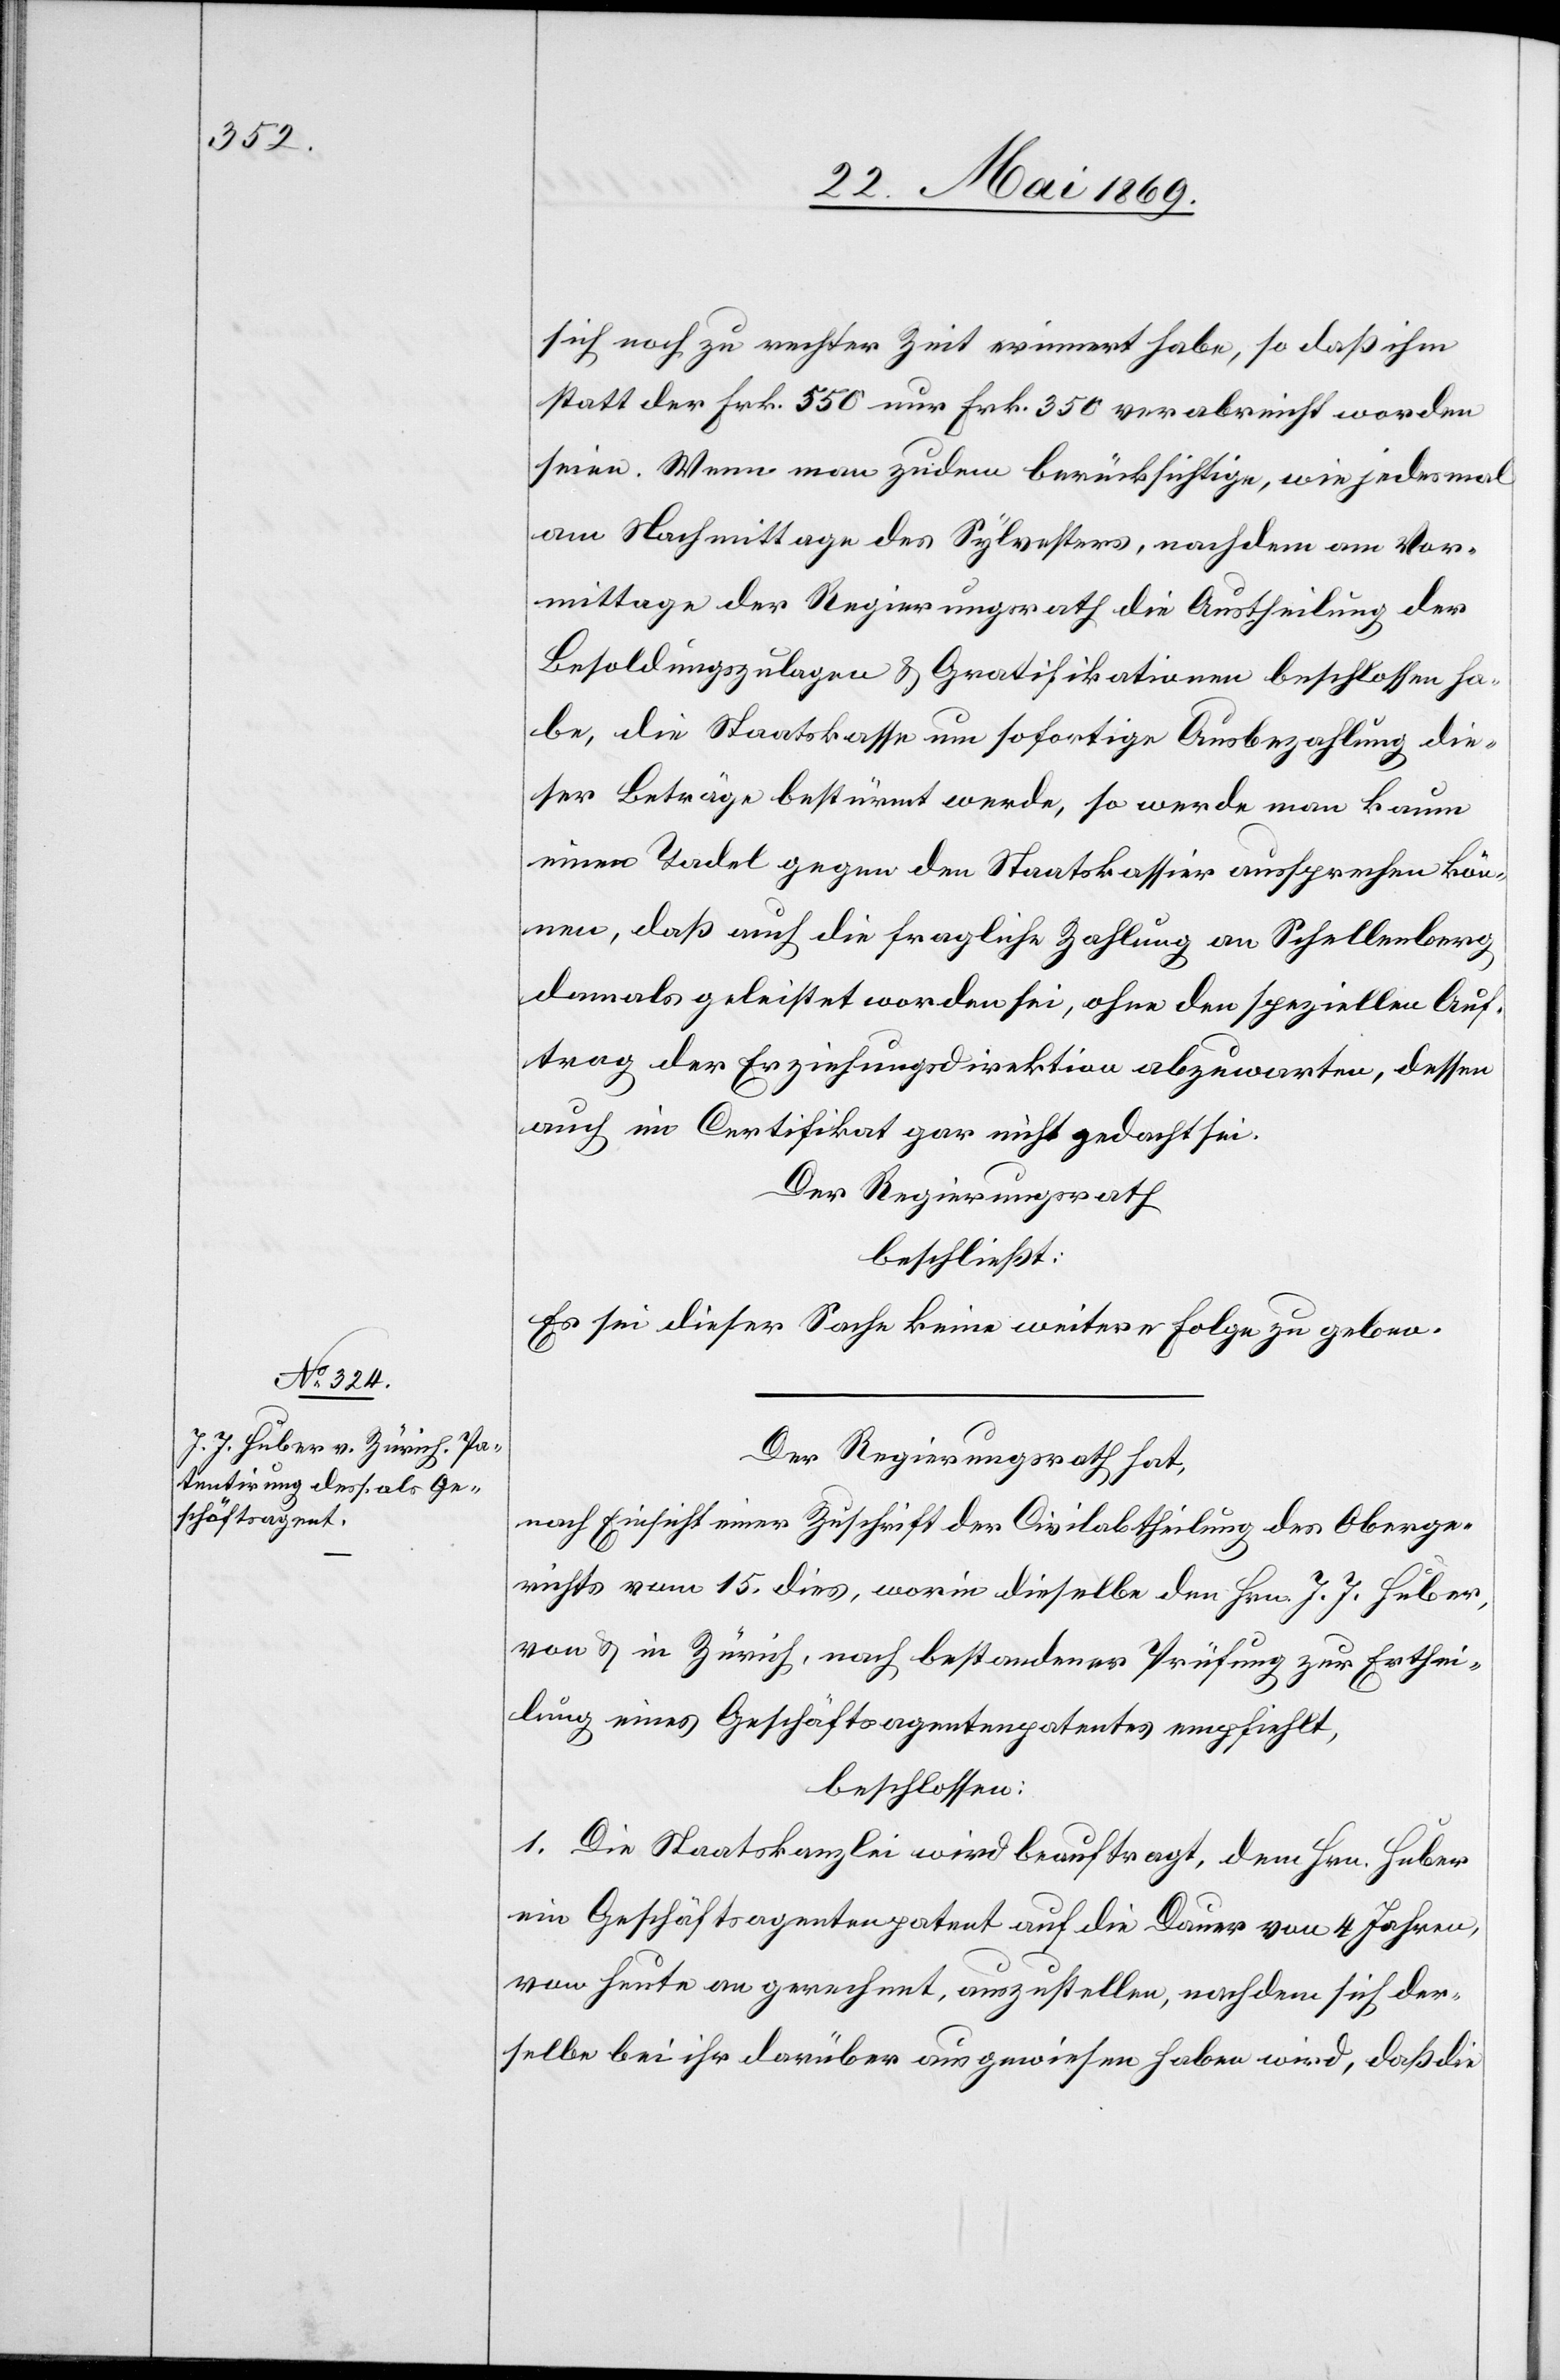
sich noch zu rechter Zeit erinnert habe, so daß ihm
statt der Frk. 530 nur Frk. 350 verabreicht worden
seien. Wenn man zudem berücksichtige, wie jedesmal
am Nachmittage des Sylvesters, nachdem am Vor¬
mittage der Regierungsrath die Austheilung der
Besoldungszulagen u. Gratifikationen beschlossen ha¬
be, die Staatskasse um sofortige Ausbezahlung die¬
ser Beträge bestürmt werde, so werde man kaum
einen Tadel gegen den Staatskassier aussprechen kön¬
nen, daß auch die fragliche Zahlung an Schellenberg
damals geleistet worden sei, ohne den speziellen Auf¬
trag der Erziehungsdirektion abzuwarten, dessen
auch im Certifikat gar nicht gedacht sei.
Der Regierungsrath
beschließt:
Es sei dieser Sache keine weitere Folge zu geben.
Der Regierungsrath hat,
nach Einsicht einer Zuschrift der Civilabtheilung des Oberge¬
richts vom 15 dies, worin dieselbe dem Hrn. J. J. Huber,
von u. in Zürich, nach bestandener Prüfung zur Erthei¬
lung eines Geschäftsagentenpatentes empfiehlt,
beschlossen:
1. Die Staatskanzlei wird beauftragt, dem Hrn. Huber
ein Geschäftsagentenpatent auf die Dauer von 4 Jahren,
von heute an gerechnet, auszustellen, nachdem sich der¬
selbe bei ihr darüber ausgewiesen haben wird, daß die